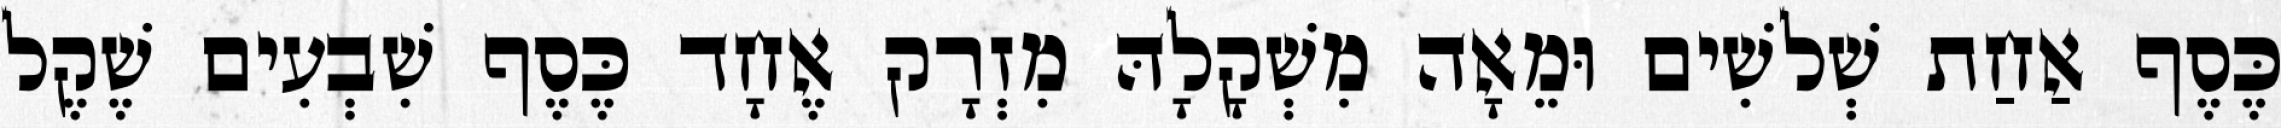
כֶּסֶף אַחַת שְׁלשִׁים וּמֵאָה מִשְׁקָלָהּ מִזְרָק אֶחָד כֶּסֶף שִׁבְעִים שֶׁקֶל